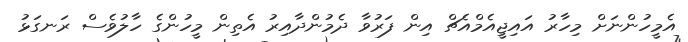
އެމީހުންނަށް މިހާރު އައިޖީއެމްއެޗް އިން ފަރުވާ ދެމުންދާއިރު އެތިން މީހުންގެ ހާލުވެސް ރަނގަޅު